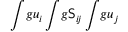
\int \! g u _ { i } \int \! g \mathsf { S } _ { i \! j } \int \! g u _ { j }